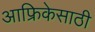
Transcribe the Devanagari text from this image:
आफ्रिकेसाठी